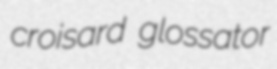
croisard glossator